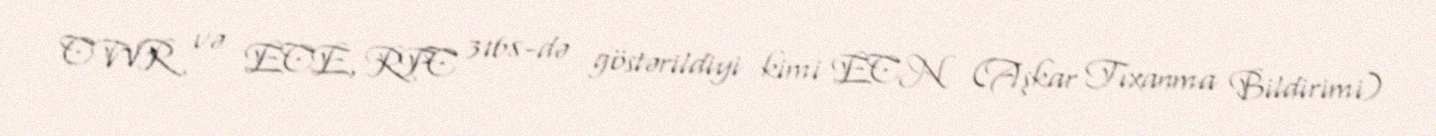
CWR və ECE, RFC 3168-də göstərildiyi kimi ECN (Aşkar Tıxanma Bildirimi)